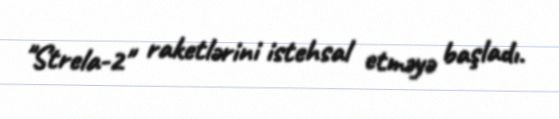
"Strela-2" raketlərini istehsal etməyə başladı.